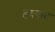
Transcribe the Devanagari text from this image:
हदयात